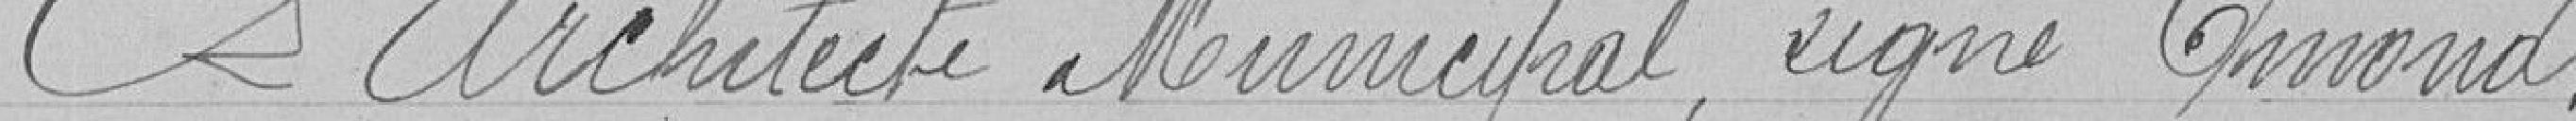
L'architecte municipal, signé Edmond